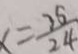
x = \frac { 2 5 } { 2 4 }